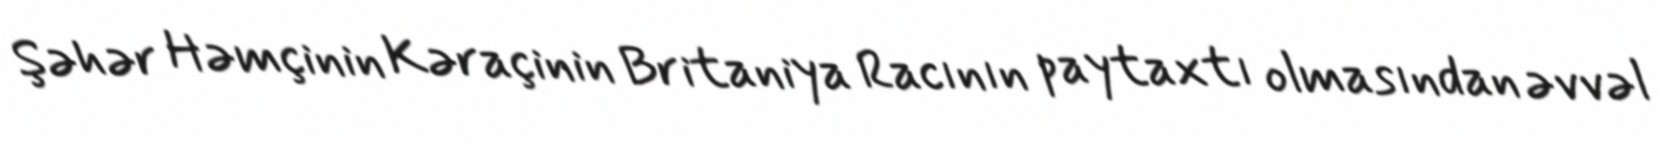
Şəhər Həmçinin Kəraçinin Britaniya Racının paytaxtı olmasından əvvəl